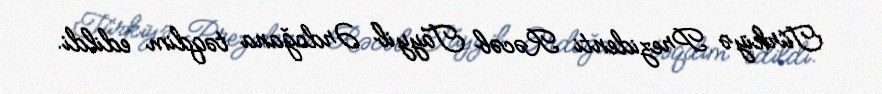
Türkiyə Prezidenti Rəcəb Tayyib Ərdoğana təqdim edildi.